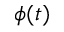
\phi ( t )